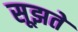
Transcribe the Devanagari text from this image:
सूझते